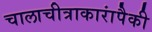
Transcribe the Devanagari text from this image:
चालाचीत्राकारांपैकी